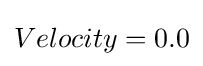
Velocity=0.0